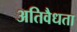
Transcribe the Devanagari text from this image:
अतिवैधता